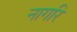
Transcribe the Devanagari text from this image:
नागरि